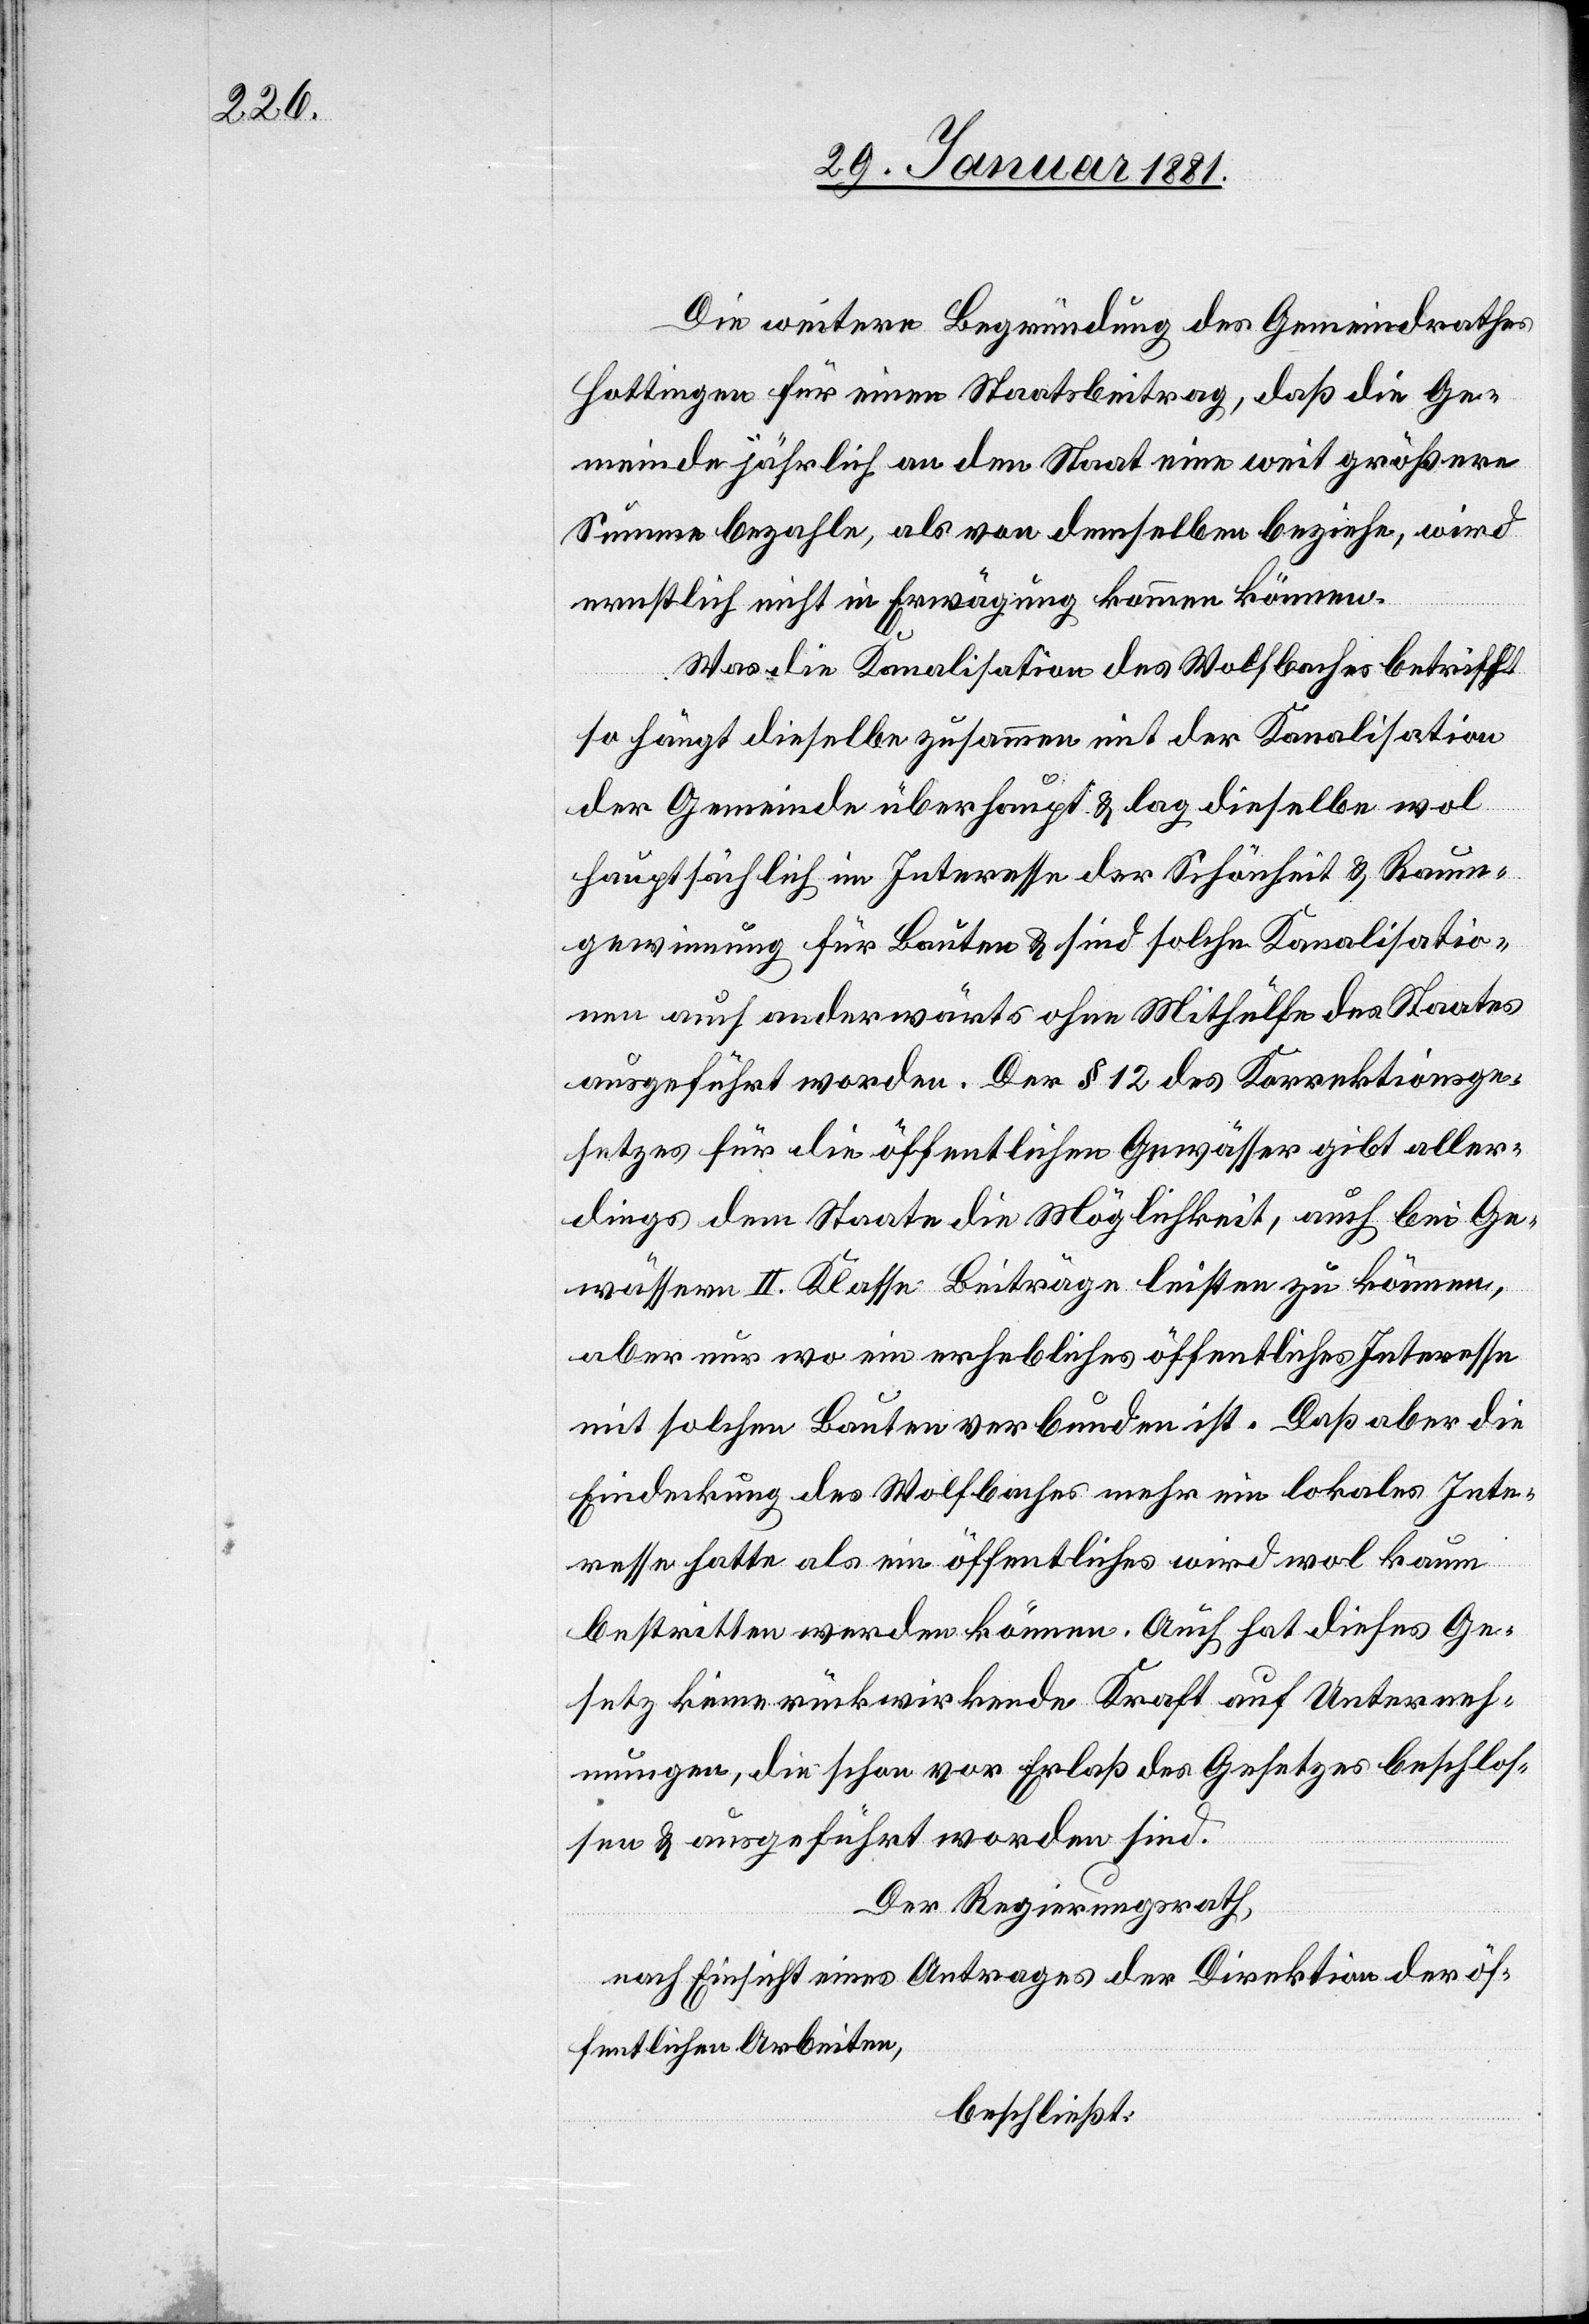
Die weitere Begründung des Gemeindrathes
Hottingen für einen Staatsbeitrag, daß die Ge¬
meinde jährlich an den Staat eine weit größere
Summe bezahle, als von demselben beziehe, wird
ernstlich nicht in Erwägung kommen können.
Was die Kanalisation des Wolfbaches betrifft
so hängt dieselbe zusammen mit der Kanalisation
der Gemeinde überhaupt & lag dieselbe wol
hauptsächlich im Interesse der Schönheit & Raum¬
gewinnung für Bauten & sind solche Kanalisatio¬
nen auch anderwärts ohne Mithülfe des Staates
ausgeführt worden. Der § 12 des Korrektionsge¬
setzes für die öffentlichen Gewässer gibt aller¬
dings dem Staate die Möglichkeit, auch bei Ge¬
wässern II. Klasse Beiträge leisten zu können,
aber nur wo ein erhebliches öffentliches Interesse
mit solchen Bauten verbunden ist. Daß aber die
Eindeckung des Wolfbaches mehr ein lokales Inte¬
resse hatte als ein öffentliches wird wol kaum
bestritten werden können. Auch hat dieses Ge¬
setz keine rückwirkende Kraft auf Unterneh¬
mungen, die schon vor Erlaß des Gesetzes beschlos¬
sen & ausgeführt worden sind.
Der Regierungsrath,
nach Einsicht eines Antrages der Direktion der öf¬
fentlichen Arbeiten,
beschließt: